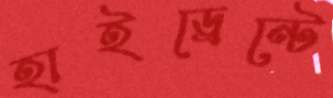
হাইড্রেন্টে